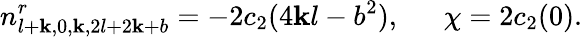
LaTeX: n_{l+\mathbf{k},0,\mathbf{k},2l+2\mathbf{k}+b}^{r}=-2c_{2}(4\mathbf{k}l-b^{2}),\ \ \ \ \ \ \chi=2c_{2}(0).